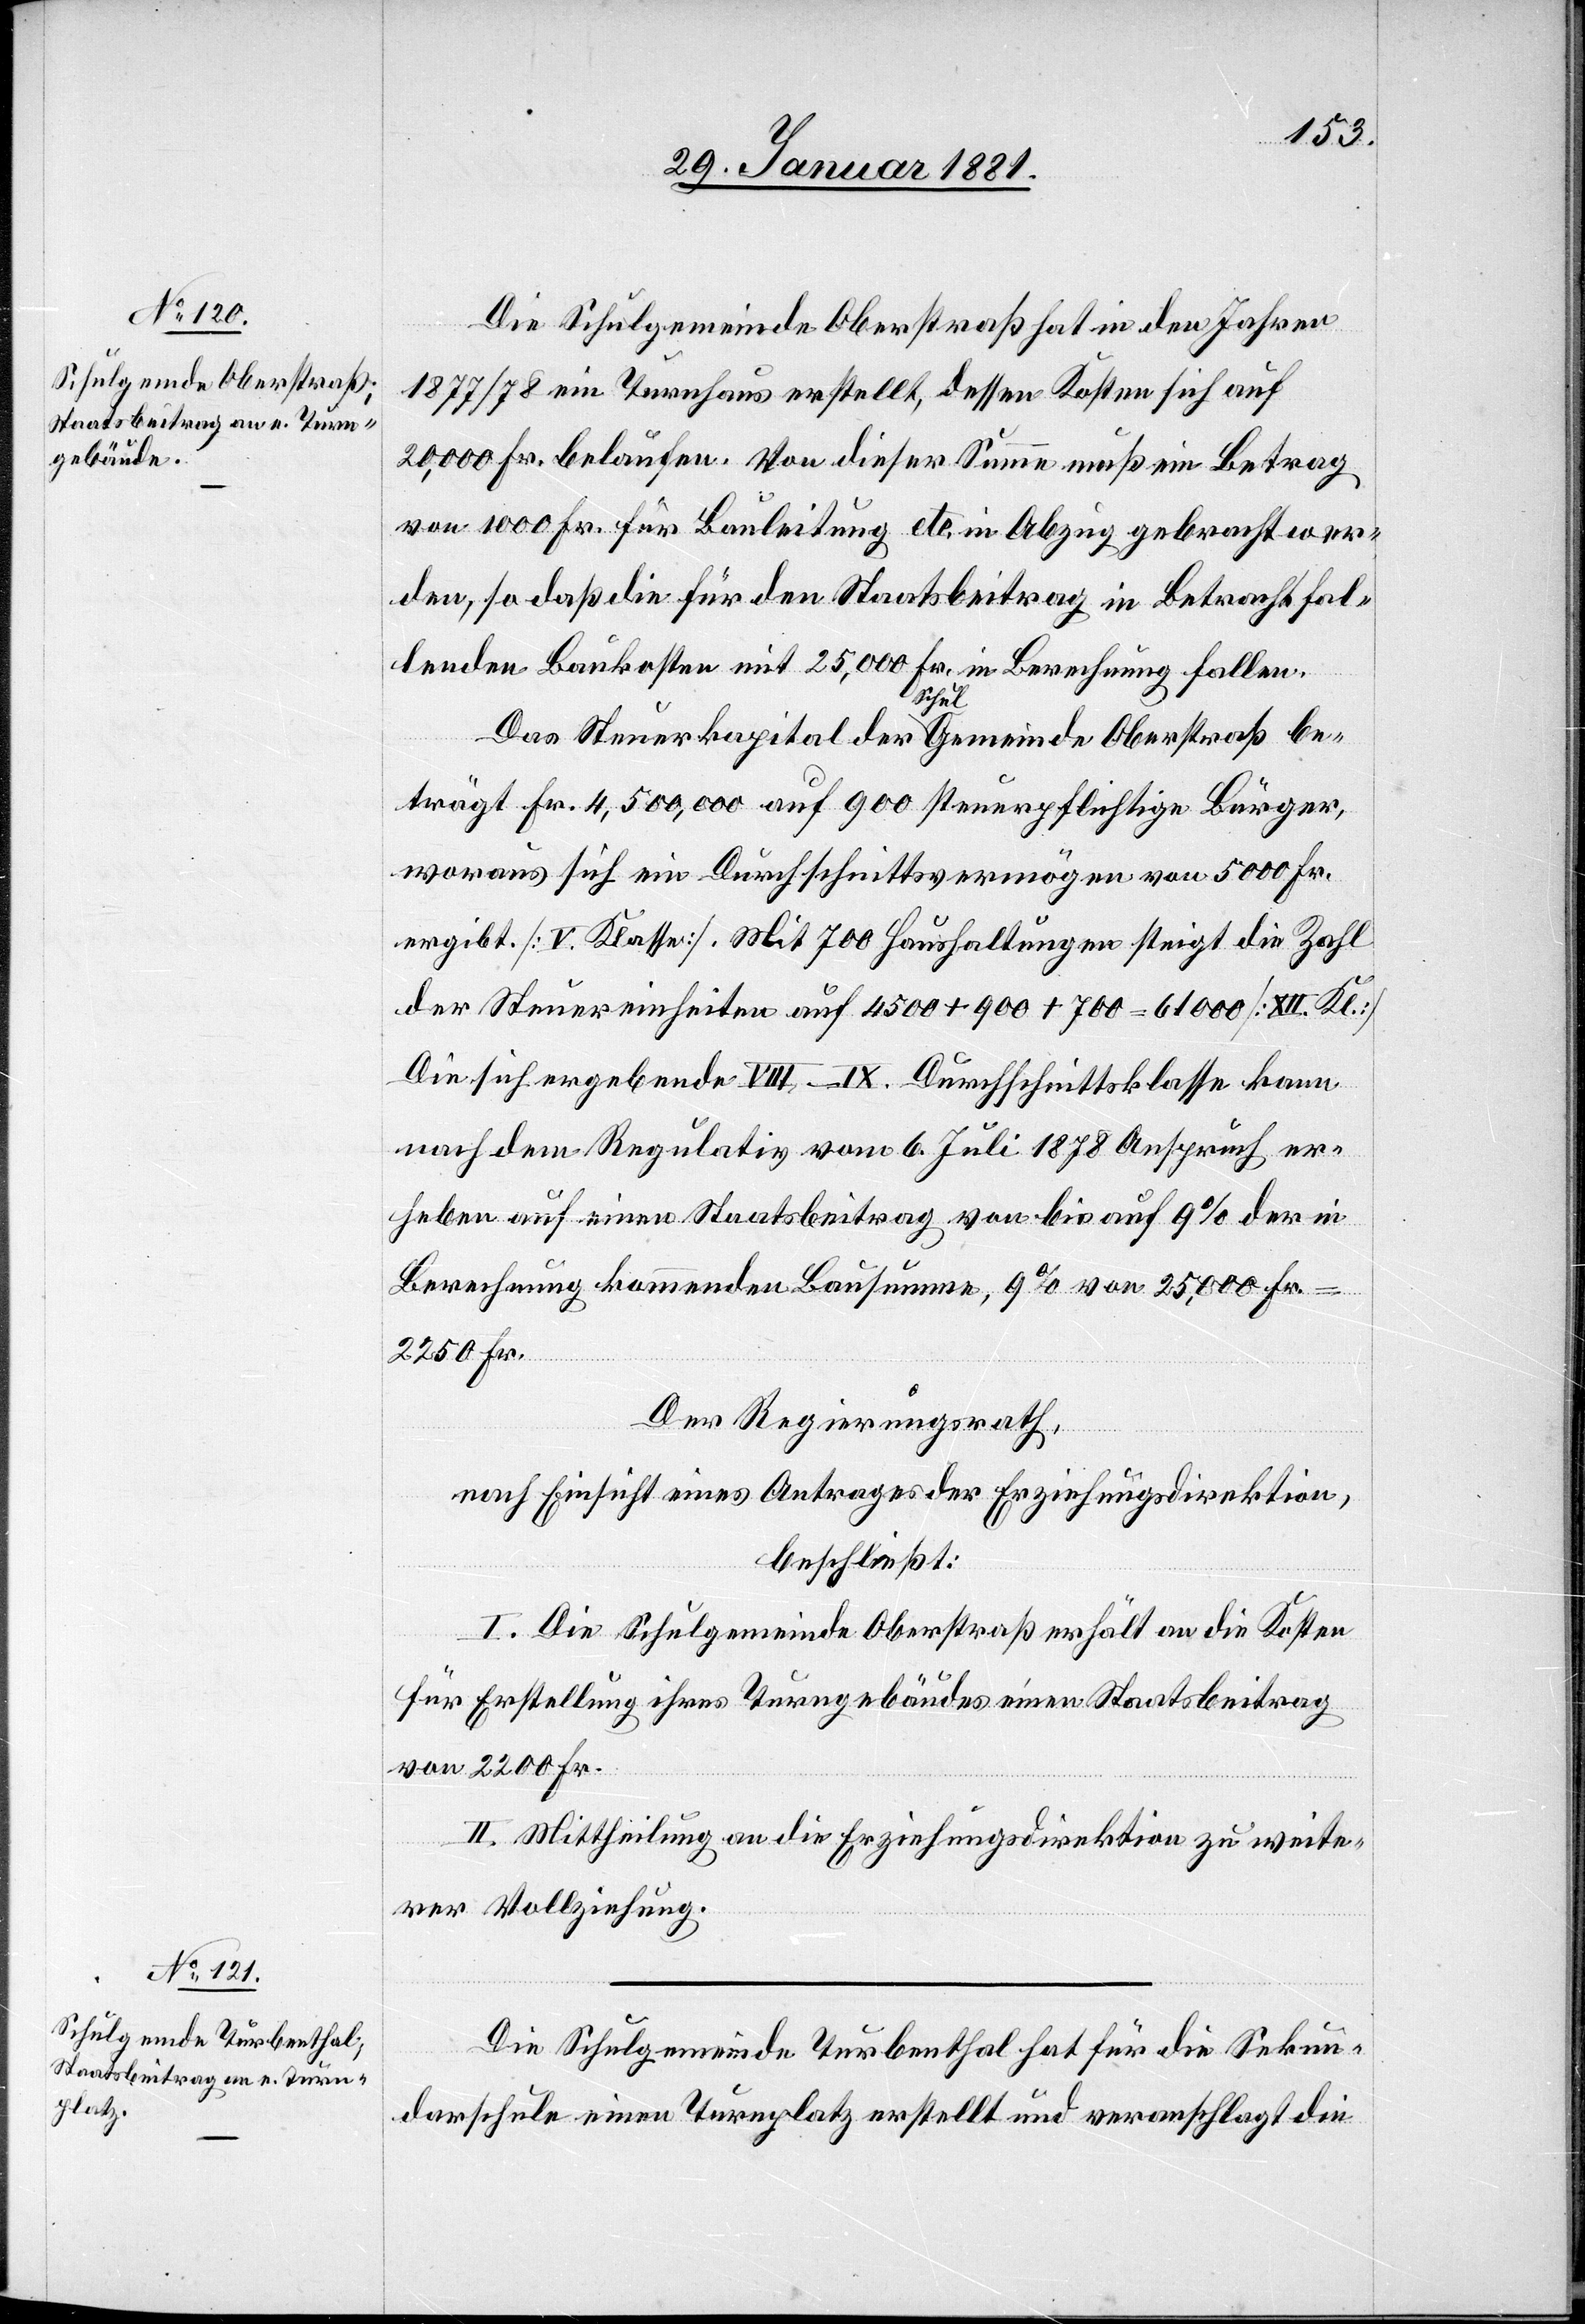
Die Schulgemeinde Oberstraß hat sich in den Jahren
1877/78 ein Turnhaus erstellt, dessen Kosten sich auf
20,000 Fr. belaufen. Von dieser Summe muß ein Betrag
von 1000 Fr. für Bauleitung etc. in Abzug gebracht wer¬
den, so daß die für den Staatsbeitrag in Betracht fal¬
lenden Baukosten mit 25,000 Fr. in Berechnung fallen.
Das Steuerkapital der Schulgemeinde Oberstraß be¬
trägt Fr. 4,500,000 auf 900 steuerpflichtige Bürger
woraus sich ein Durchschnittsvermögen von 5000 Fr.
ergibt. [V. Klasse]. Mit 700 Haushaltung steigt die Zahl
der Steuereinheiten auf 4500 + 900 + 700 = 61 000 [XII Kl.][.]
Die sich ergebende VIII–IX. Durchschnittsklasse kann
nach dem Regulativ vom 6. Juli 1878 Anspruch er¬
heben auf einen Staatsbeitrag von bis auf 9% der in
Berechnung kommenden Bausumme, 9% von 25,000 Fr.
2250 Fr.
Der Regierungsrath,
nach Einsicht eines Antrages der Erziehungsdirektion,
beschließt:
I. Die Schulgemeinde Oberstraß erhält an die Kosten
für Erstellung ihres Turngebäudes einen Staatsbeitrag
von 2200 Fr.
II. Mittheilung an die Erziehungsdirektion zu weite¬
rer Vollziehung.
Die Schulgemeinde Turbenthal hat für die Sekun¬
darschule einen Turnplatz erstellt und veranschlagt die